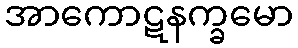
အာကောဋနက္ခမော